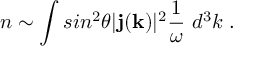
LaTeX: n \sim \int s i n ^ { 2 } \theta | { \bf j } ( { \bf k } ) | ^ { 2 } { \frac { 1 } { \omega } } ~ d ^ { 3 } k \; .